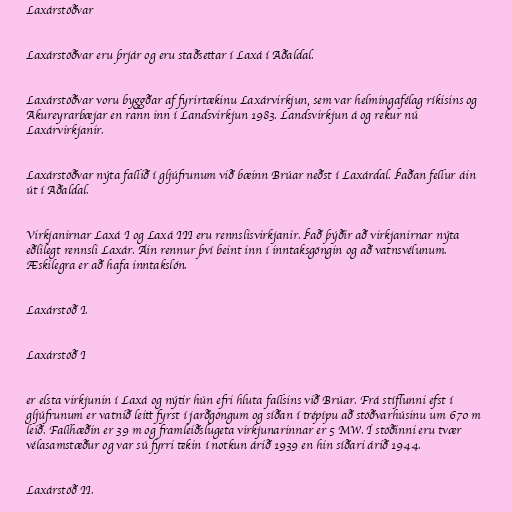
Laxárstöðvar

Laxárstöðvar eru þrjár og eru staðsettar í Laxá í Aðaldal.

Laxárstöðvar voru byggðar af fyrirtækinu Laxárvirkjun, sem var helmingafélag ríkisins og
Akureyrarbæjar en rann inn í Landsvirkjun 1983. Landsvirkjun á og rekur nú
Laxárvirkjanir.

Laxárstöðvar nýta fallið í gljúfrunum við bæinn Brúar neðst í Laxárdal. Þaðan fellur áin
út í Aðaldal.

Virkjanirnar Laxá I og Laxá III eru rennslisvirkjanir. Það þýðir að virkjanirnar nýta
eðlilegt rennsli Laxár. Áin rennur því beint inn í inntaksgöngin og að vatnsvélunum.
Æskilegra er að hafa inntakslón.

Laxárstöð I.

Laxárstöð I

er elsta virkjunin í Laxá og nýtir hún efri hluta fallsins við Brúar. Frá stíflunni efst í
gljúfrunum er vatnið leitt fyrst í jarðgöngum og síðan í trépípu að stöðvarhúsinu um 670 m
leið. Fallhæðin er 39 m og framleiðslugeta virkjunarinnar er 5 MW. Í stöðinni eru tvær
vélasamstæður og var sú fyrri tekin í notkun árið 1939 en hin síðari árið 1944.

Laxárstöð II.